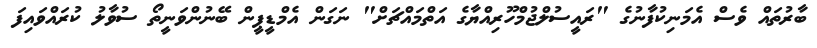
ބާރުތައް ވެސް އެމަނިކުފާނުގެ "ރައީސުލްޖުމްހޫރިއްޔާގެ އަތްމައްޗަށް" ނަގަން އެމްޑީޕީން ބޭނުންވަނީތޯ ސުވާލު ކުރައްވައިފަ